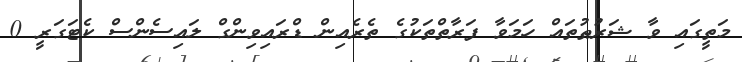
މަތީގައި ވާ ޝަރުޠުތައް ހަމަވާ ފަރާތްތަކުގެ ތެރެއިން ޑްރައިވިންގް ލައިސެންސް ކެޓަގަރީ 0